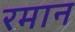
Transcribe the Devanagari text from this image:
रमान